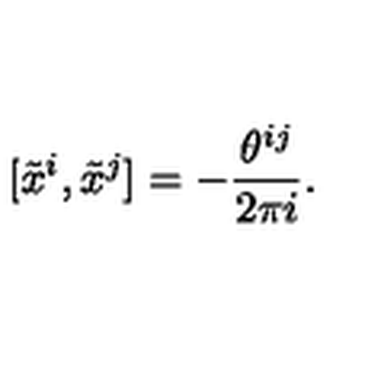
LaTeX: [ \tilde { x } ^ { i } , \tilde { x } ^ { j } ] = - \frac { \theta ^ { i j } } { 2 \pi i } .